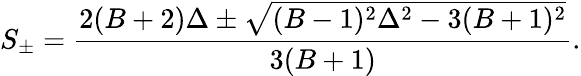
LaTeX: S_{\pm}=\frac{2(B+2)\Delta\pm\sqrt{(B-1)^{2}\Delta^{2}-3(B+1)^{2}}}{3(B+1)}.